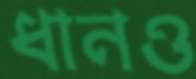
ধানও